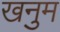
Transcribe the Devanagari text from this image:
खनुम